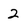
Character: 2